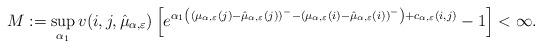
LaTeX: \begin{align*} M:= \sup_{\alpha_1} v(i,j,\hat{\mu}_{\alpha,\varepsilon}) \left[e^{\alpha_1\left(\left(\mu_{\alpha,\varepsilon}(j) - \hat{\mu}_{\alpha,\varepsilon}(j)\right)^- - \left(\mu_{\alpha,\varepsilon}(i) - \hat{\mu}_{\alpha,\varepsilon}(i)\right)^-\right) + c_{\alpha,\varepsilon}(i,j)} - 1\right] < \infty.\end{align*}